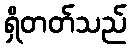
ရှိတတ်သည်